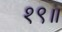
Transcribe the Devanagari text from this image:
१९॥